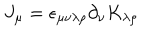
LaTeX: J _ { \mu } = \epsilon _ { \mu \nu \lambda \rho } \partial _ { \nu } K _ { \lambda \rho }